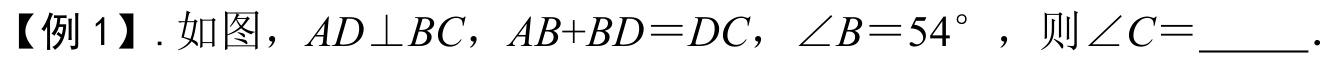
【例 1】. 如图，\(AD\perp BC\)，\(AB + BD = DC\)，\(\angle B = 54^{\circ}\)，则\(\angle C=\underline{\quad\quad}\).